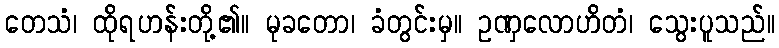
တေသံ၊ ထိုရဟန်းတို့၏။ မုခတော၊ ခံတွင်းမှ။ ဥဏှလောဟိတံ၊ သွေးပူသည်။